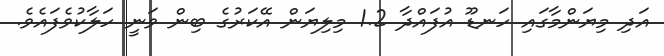
އަދި މިޔަންމާގައި ހަނޑޫ އުފައްދާ 1.2 މިލިޔަން އޭކަރުގެ ބިން ވަނީ ހަލާކުވެފައެވެ.